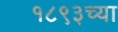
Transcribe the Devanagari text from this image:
१८९३च्या